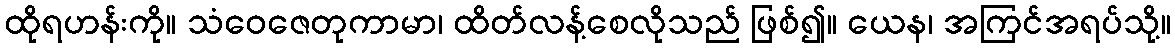
ထိုရဟန်းကို။ သံဝေဇေတုကာမာ၊ ထိတ်လန့်စေလိုသည် ဖြစ်၍။ ယေန၊ အကြင်အရပ်သို့။